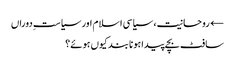
← روحانیت، سیاسی اسلام اور سیاستِ دوراں
سافٹ بچے پیدا ہونا بند کیوں ہوئے؟